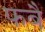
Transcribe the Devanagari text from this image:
फबै